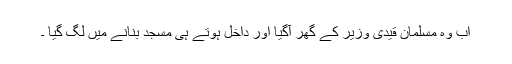
اب وہ مسلمان قیدی وزیر کے گھر آگیا اور داخل ہوتے ہی مسجد بنانے میں لگ گیا ۔